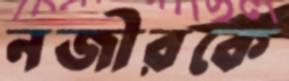
নজীরকে